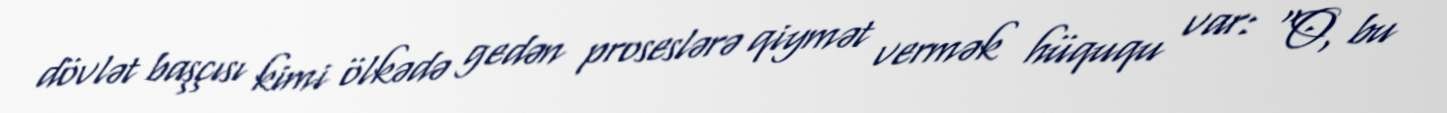
dövlət başçısı kimi ölkədə gedən proseslərə qiymət vermək hüququ var: “O, bu